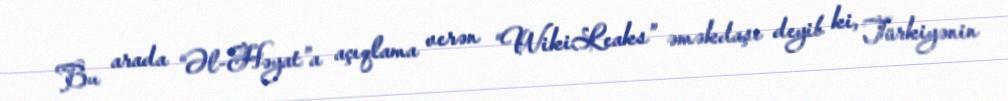
Bu arada “Əl-Həyat”a açıqlama verən “WikiLeaks” əməkdaşı deyib ki, Türkiyənin